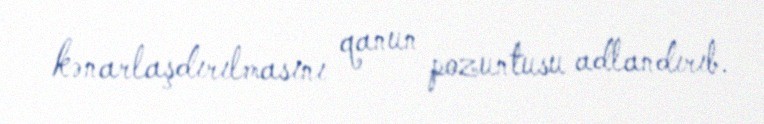
kənarlaşdırılmasını qanun pozuntusu adlandırıb.